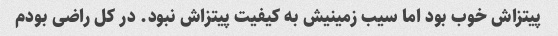
پیتزاش خوب بود اما سیب زمینیش به کیفیت پیتزاش نبود. در کل راضی بودم